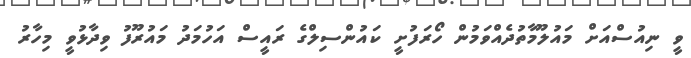
ވީ ނިއުސްއަށް މައުލޫމާތުދެއްވަމުން ހޯރަފުށީ ކައުންސިލްގެ ރައީސް އަހުމަދު މައުރޫފު ވިދާޅުވީ މިހާރު